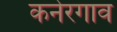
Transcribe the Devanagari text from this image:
कनेरगाव